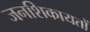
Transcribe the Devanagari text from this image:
जनशिकायतों